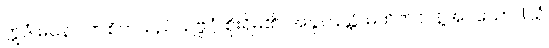
ဣဒံ မနော၊ ဤစိတ်သည်။ ဥဗ္ဗိဂ္ဂံ၊ စိုးရိမ်၏။ အနုတြသ္တံ၊ မထိတ်လန့်အပ်သော။ (ယံ